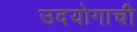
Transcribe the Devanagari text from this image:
उदयोगाची